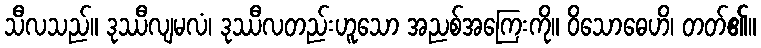
သီလသည်။ ဒုဿီလျမလံ၊ ဒုဿီလတည်းဟူသော အညစ်အကြေးကို။ ဝိသောဓေဟိ၊ တတ်၏။